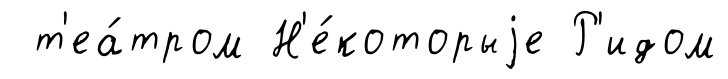
т'еа́тром Н'е́которыjе Р'идом